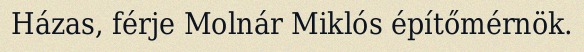
Házas, férje Molnár Miklós építőmérnök.